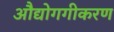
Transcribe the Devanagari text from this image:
औद्योगगीकरण